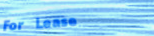
For Lease